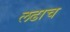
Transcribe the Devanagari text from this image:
लढाच